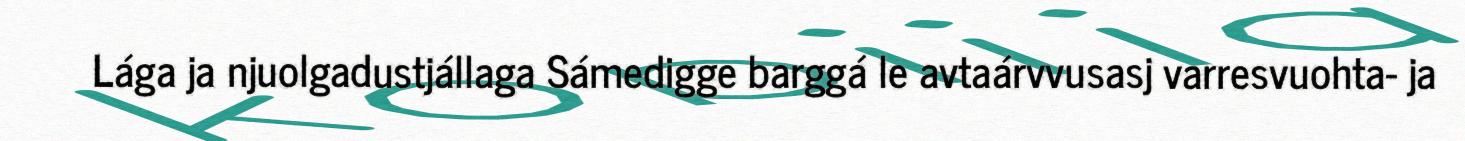
Lága ja njuolgadustjállaga Sámedigge barggá le avtaárvvusasj varresvuohta- ja